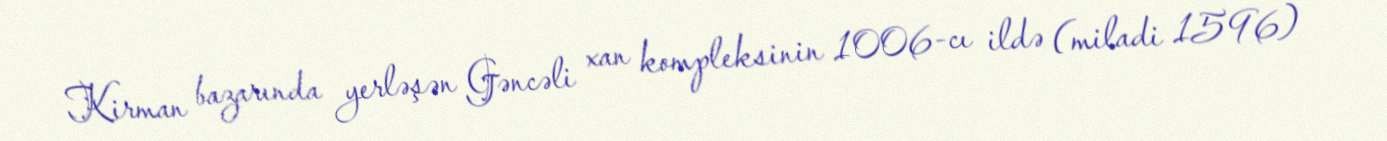
Kirman bazarında yerləşən Gəncəli xan kompleksinin 1006-cı ildə (miladi 1596)